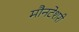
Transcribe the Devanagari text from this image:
मौनटेशरी